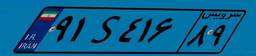
۹۱S۴۱۶۸۹